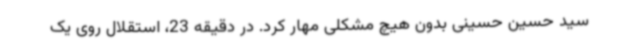
سید حسین حسینی بدون هیچ مشکلی مهار کرد. در دقیقه 23، استقلال روی یک